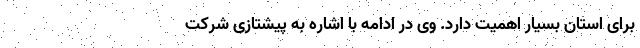
برای استان بسیار اهمیت دارد. وی در ادامه با اشاره به پیشتازی شرکت